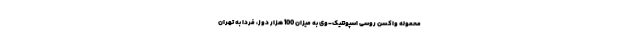
محموله واکسن روسی اسپوتنیک‌-وی به میزان 100 هزار دوز، فردا به تهران